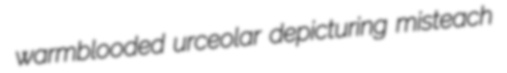
warmblooded urceolar depicturing misteach